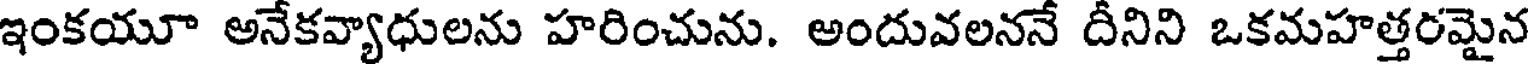
ఇంకయూ అనేకవ్యాధులను హరించును. అందువలననే దీనిని ఒకమహత్తరమైన